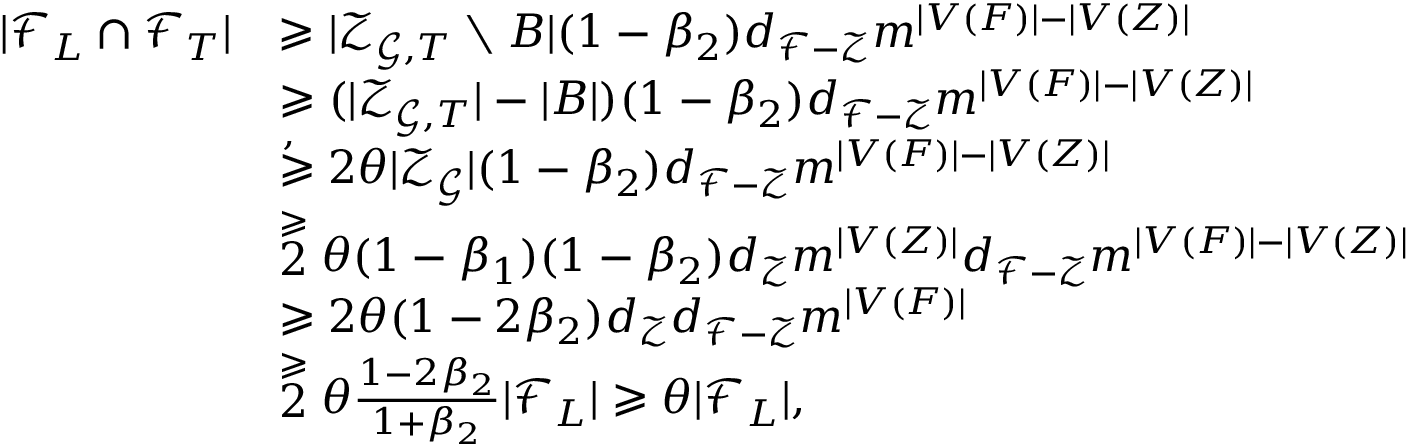
\begin{array} { r l } { | \mathscr { F } _ { L } \cap \mathscr { F } _ { T } | } & { \geqslant | \mathcal { Z } _ { \mathcal { G } , T } \setminus B | ( 1 - \beta _ { 2 } ) d _ { \mathcal { F } - \mathcal { Z } } m ^ { | V ( F ) | - | V ( Z ) | } } \\ & { \geqslant ( | \mathcal { Z } _ { \mathcal { G } , T } | - | B | ) ( 1 - \beta _ { 2 } ) d _ { \mathcal { F } - \mathcal { Z } } m ^ { | V ( F ) | - | V ( Z ) | } } \\ & { \stackrel { , ~ } { \geqslant } 2 { \theta } | \mathcal { Z } _ { \mathcal { G } } | ( 1 - \beta _ { 2 } ) d _ { \mathcal { F } - \mathcal { Z } } m ^ { | V ( F ) | - | V ( Z ) | } } \\ & { \stackrel { \geqslant } 2 { \theta } ( 1 - \beta _ { 1 } ) ( 1 - \beta _ { 2 } ) d _ { \mathcal { Z } } m ^ { | V ( Z ) | } d _ { \mathcal { F } - \mathcal { Z } } m ^ { | V ( F ) | - | V ( Z ) | } } \\ & { \geqslant 2 { \theta } ( 1 - 2 \beta _ { 2 } ) d _ { \mathcal { Z } } d _ { \mathcal { F } - \mathcal { Z } } m ^ { | V ( F ) | } } \\ & { \stackrel { \geqslant } 2 { \theta } \frac { 1 - 2 \beta _ { 2 } } { 1 + \beta _ { 2 } } | \mathscr { F } _ { L } | \geqslant { \theta } | \mathscr { F } _ { L } | , } \end{array}